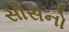
સોસનો